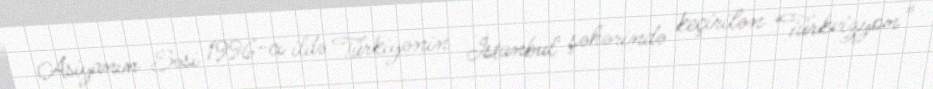
Asiyanın Səsi 1996-cı ildə Türkiyənin İstanbul şəhərində keçirilən “Türkvizyon”